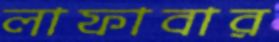
লাফাবার